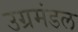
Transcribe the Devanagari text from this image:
उग्रमंडल